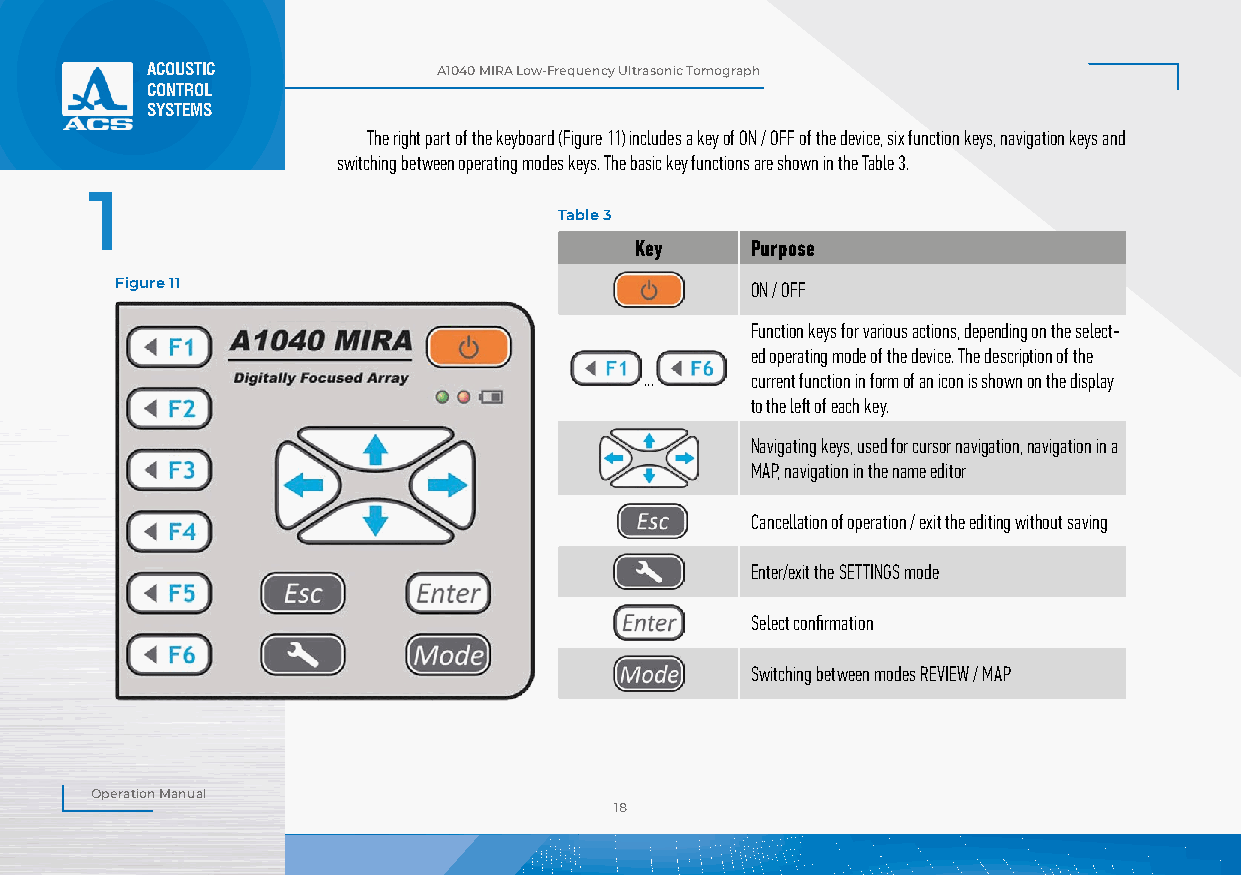
ACOUSTIC           А1040 MIRA Low-Frequency Ultrasonic Tomograph
 CONTROL
 SYSTEMS
 The right part of the keyboard (Figure 11) includes a key of ON / OFF of the device, six function keys, navigation keys and
 switching between operating modes keys. The basic key functions are shown in the Table 3.
 1
 Table 3
 Key     Purpose
 Figure 11                                 ON / OFF
 Function keys for various actions, depending on the select-
 ed operating mode of the device. The description of the
 ...    current function in form of an icon is shown on the display
 to the left of each key.
 Navigating keys, used for cursor navigation, navigation in a
 MAP, navigation in the name editor
 Cancellation of operation / exit the editing without saving
 Enter/exit the SETTINGS mode
 Select confirmation
 Switching between modes REVIEW / MAP
 Operation Manual
 18